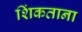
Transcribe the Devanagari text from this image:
शिंकताना